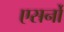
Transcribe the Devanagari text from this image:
एसर्नो